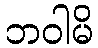
ဘဝါမိ